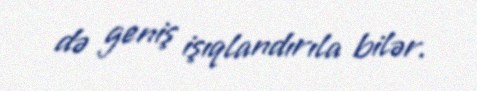
də geniş işıqlandırıla bilər.